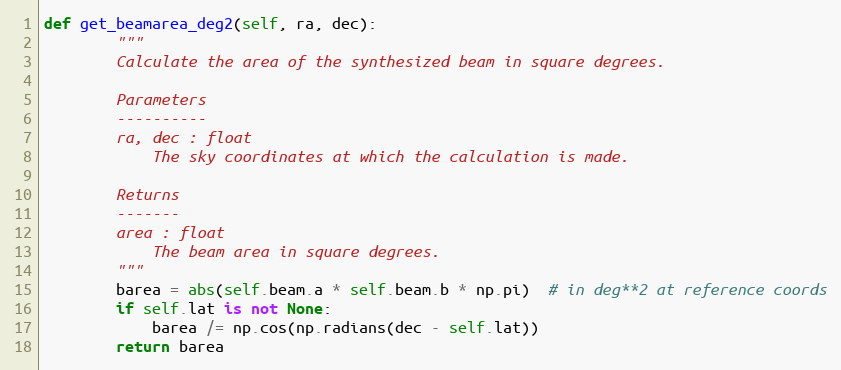
Language: Python
def get_beamarea_deg2(self, ra, dec):
        """
        Calculate the area of the synthesized beam in square degrees.

        Parameters
        ----------
        ra, dec : float
            The sky coordinates at which the calculation is made.

        Returns
        -------
        area : float
            The beam area in square degrees.
        """
        barea = abs(self.beam.a * self.beam.b * np.pi)  # in deg**2 at reference coords
        if self.lat is not None:
            barea /= np.cos(np.radians(dec - self.lat))
        return barea